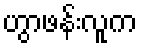
ဟွာဖန်းလူက